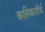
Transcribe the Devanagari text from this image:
कालिकातीर्थ